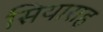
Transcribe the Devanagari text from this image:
सियाराह